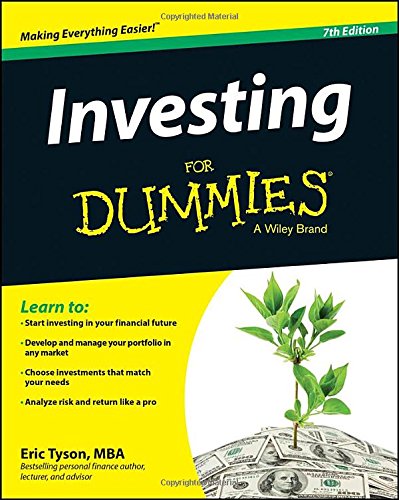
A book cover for Investing For Dummies; Eric Tyson; Business & Money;